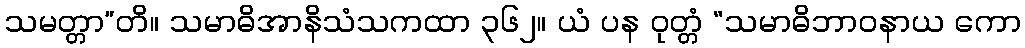
သမတ္တာ”တိ။ သမာဓိအာနိသံသကထာ ၃၆၂။ ယံ ပန ဝုတ္တံ “သမာဓိဘာဝနာယ ကော